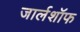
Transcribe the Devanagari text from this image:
जार्लशॉफ